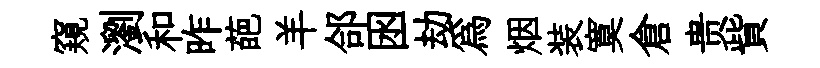
窺瀏和昨葩羊郃囦劫爲烟装寞倉贵貲